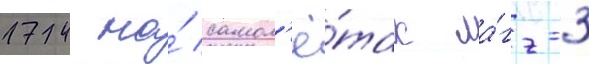
174 на́ самол'ё́тах ла́гг-3